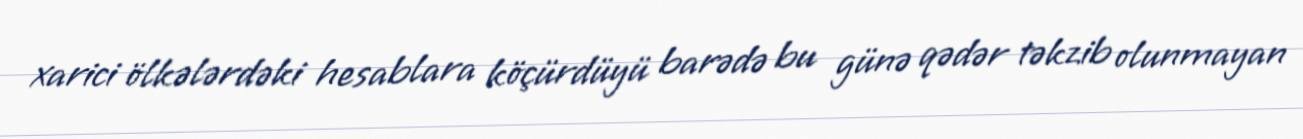
xarici ölkələrdəki hesablara köçürdüyü barədə bu günə qədər təkzib olunmayan